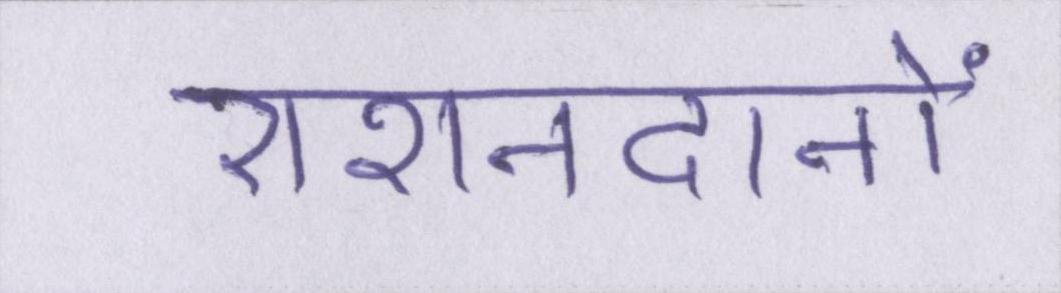
रोशनदानों